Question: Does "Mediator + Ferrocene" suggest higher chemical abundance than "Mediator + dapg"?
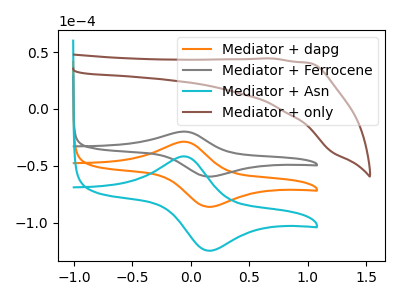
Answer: <think>The orange curve "Mediator + dapg" has an anodic peak at (-0.05V, -28.80uA) and a cathodic peak at (0.15V, -86.15uA). The gray curve "Mediator + Ferrocene" has an anodic peak at (-0.05V, -19.90uA) and a cathodic peak at (0.15V, -59.50uA). The cyan curve "Mediator + Asn" has an anodic peak at (-0.05V, -57.60uA) and a cathodic peak at (0.15V, -172.25uA). The brown curve "Mediator + only" has no peaks.
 All the peaks in "Mediator + Ferrocene" have a peak in "Mediator + dapg" at the same potential.</think>
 <answer>I cant tell if "Mediator + Ferrocene" or "Mediator + dapg" has more signal.</answer>
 <eval>mixed_signal</eval>